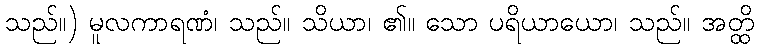
သည်။) မူလကာရဏံ၊ သည်။ သိယာ၊ ၏။ သော ပရိယာယော၊ သည်။ အတ္ထိ